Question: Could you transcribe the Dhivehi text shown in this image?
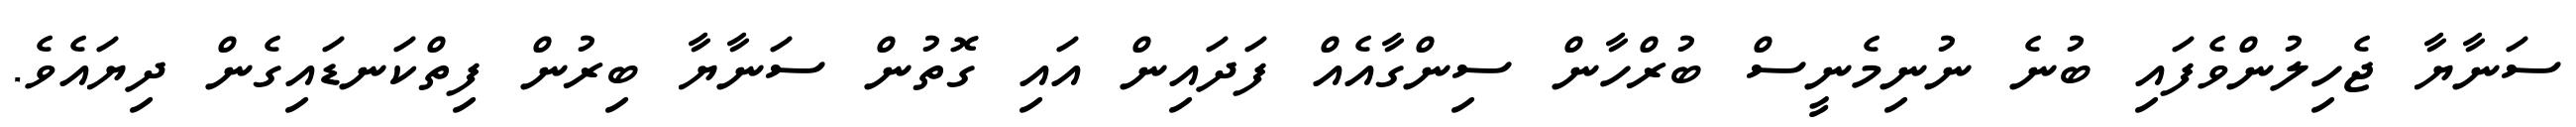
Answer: ސަނާޔާ ޖެހިލުންވެފައި ބުނެ ނުނިމެނީސް ބުރްހާން ސިންގާއެއް ފަދައިން އައި ގޮތުން ސަނާޔާ ބިރުން ފިތްކަނޑައިގެން ދިޔައެވެ.